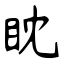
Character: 眈